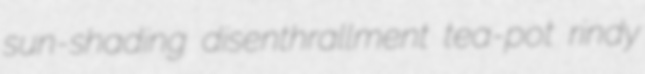
sun-shading disenthrallment tea-pot rindy